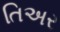
તિઅર